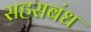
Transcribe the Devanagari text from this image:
सहसबंध